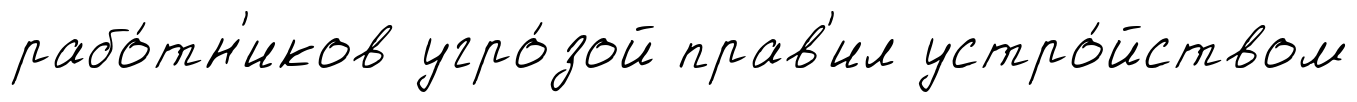
рабо́тн'иков угро́зой прав'ил устро́йством